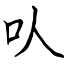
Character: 㕥